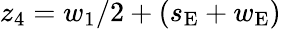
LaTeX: z_{4}=w_{1}/2+(s_{\mathrm{E}}+w_{\mathrm{E}})